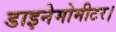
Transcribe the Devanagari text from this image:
डाइनेमोमीटर।